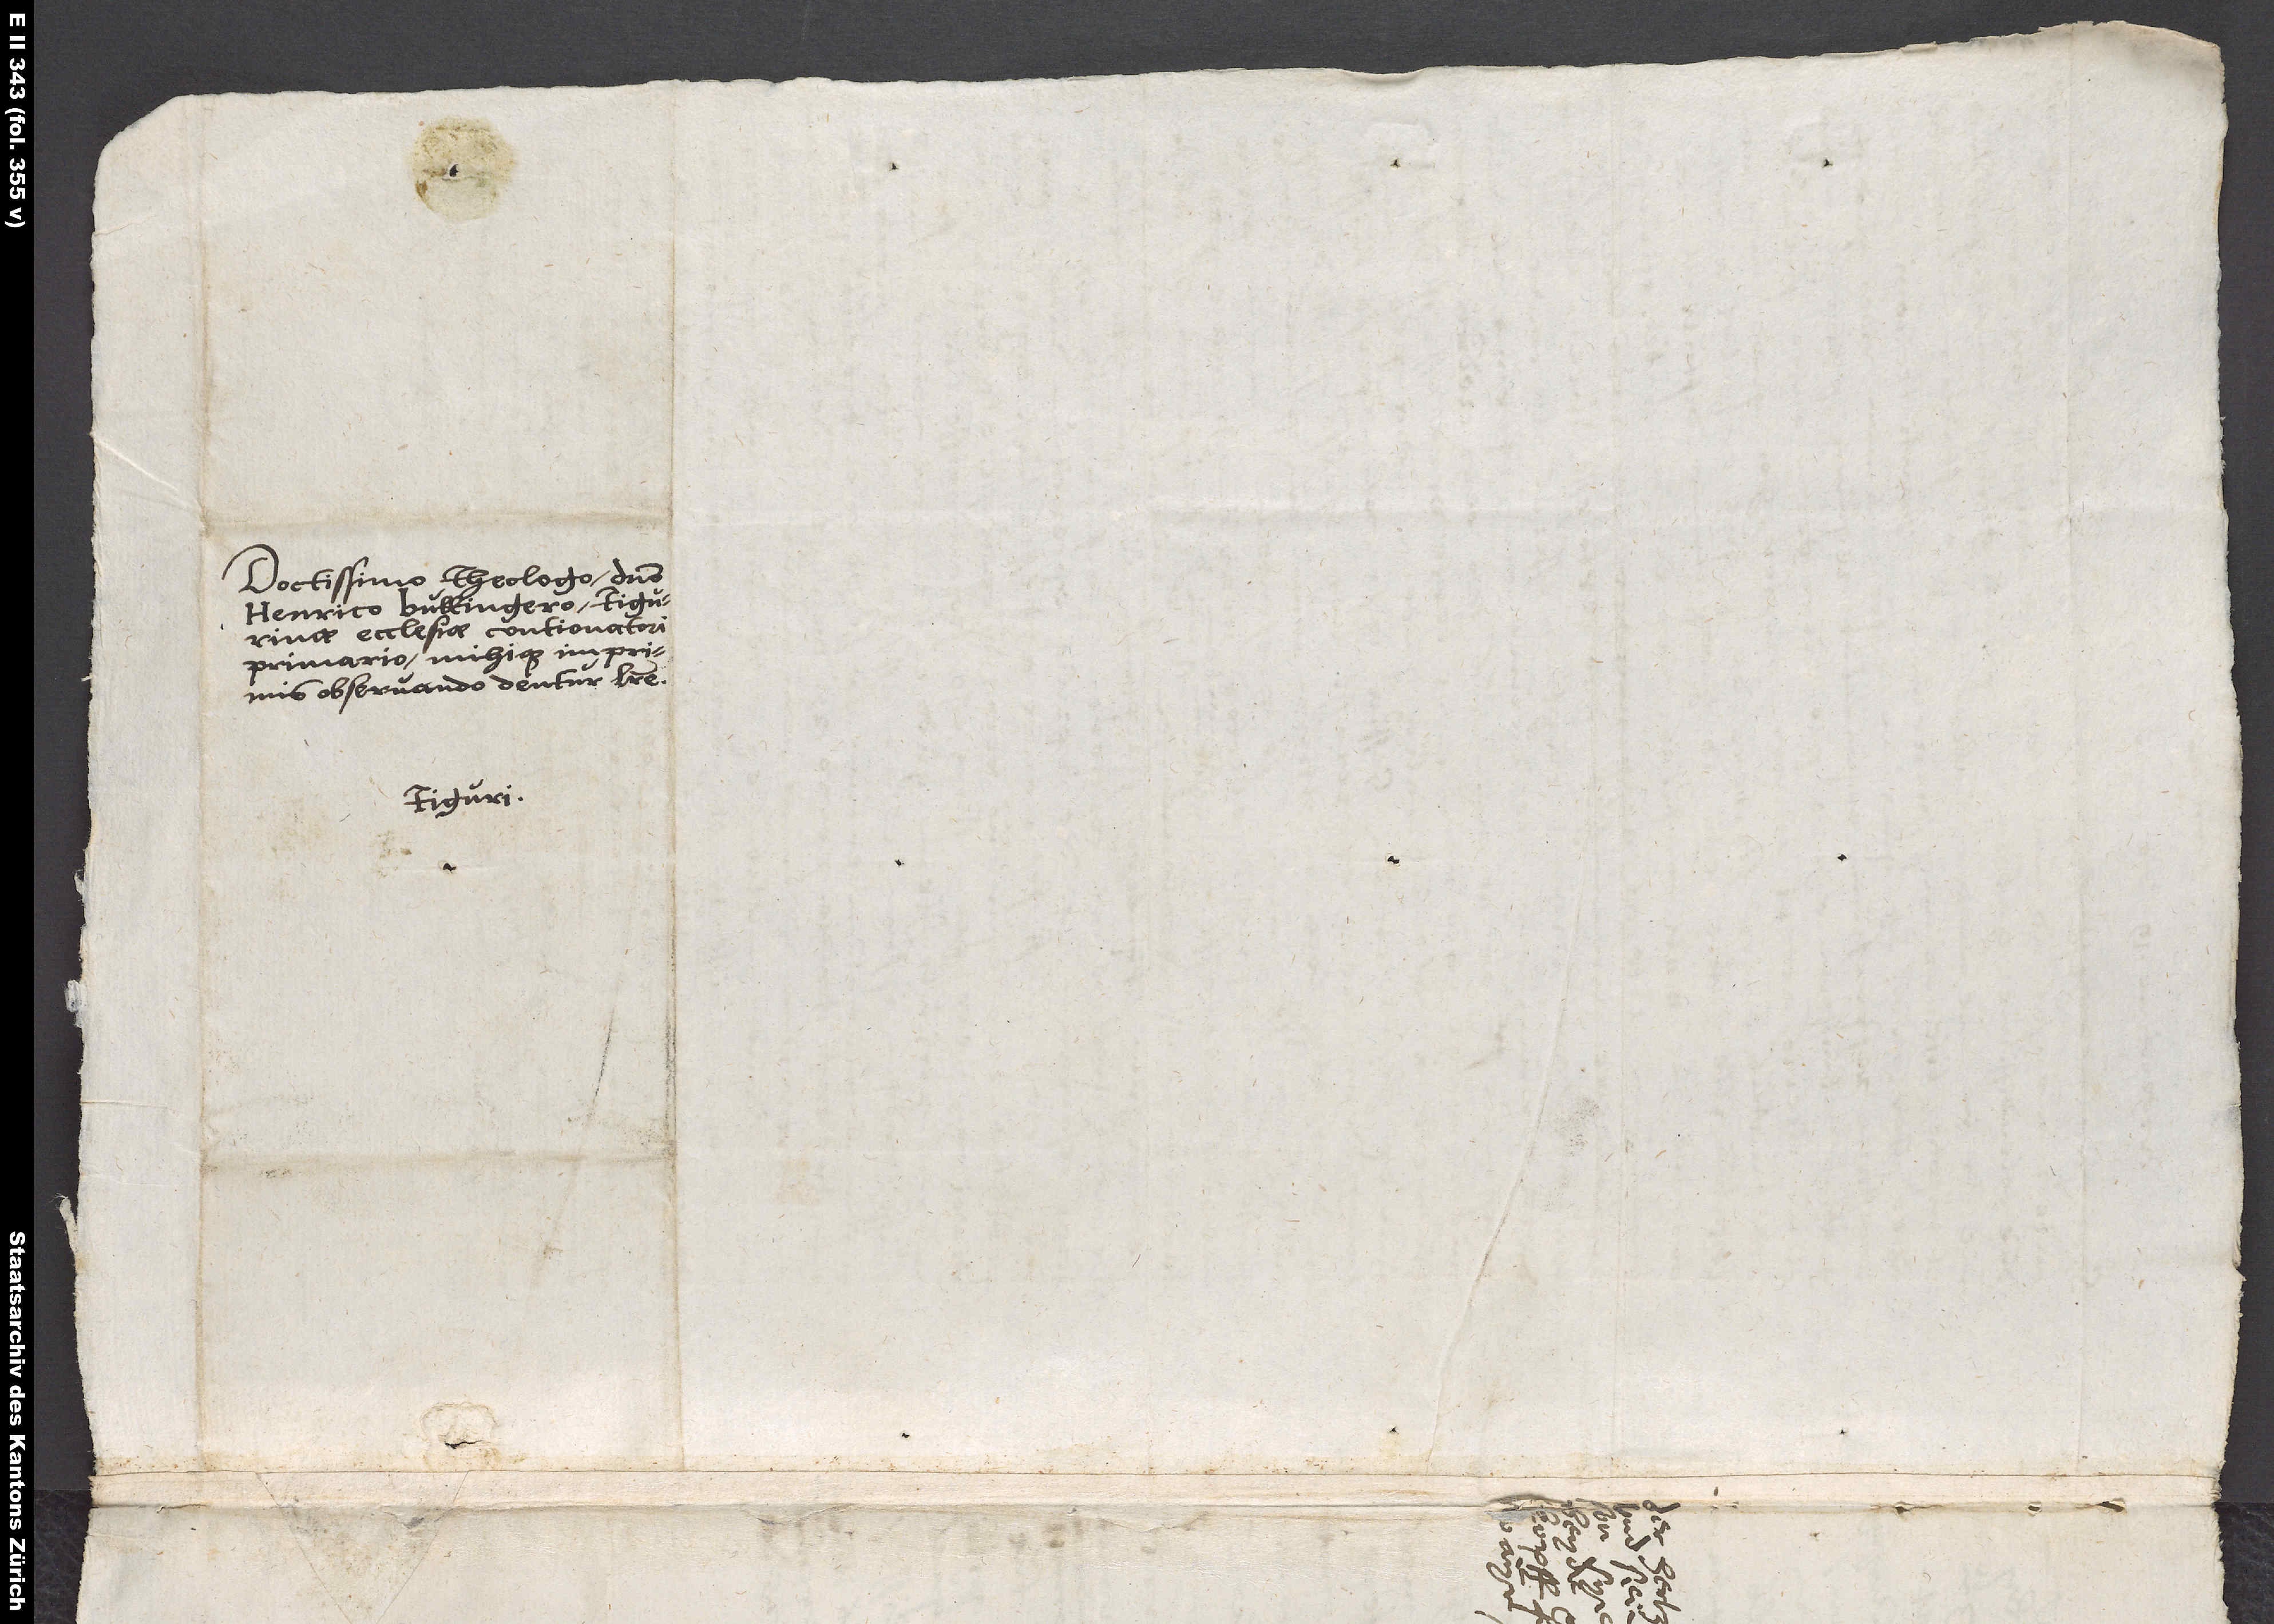
Doctissimo theologo domino
Henrico Bullingero, Tigurinae
ecclesiae contionatori
primario mihique imprimis
observando, dentur litere.
Tiguri.